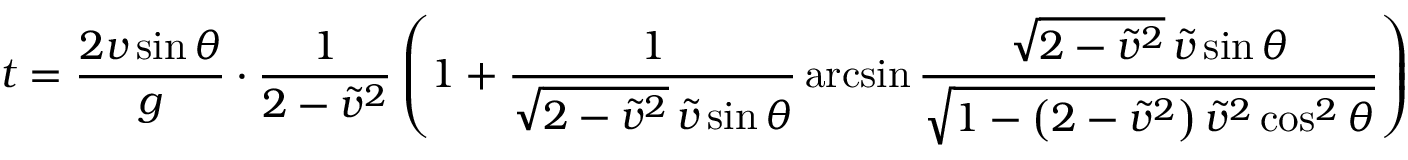
t = { \frac { 2 v \sin \theta } { g } } \cdot { \frac { 1 } { 2 - { \tilde { v } } ^ { 2 } } } \left( 1 + { \frac { 1 } { { \sqrt { 2 - { \tilde { v } } ^ { 2 } } } \, { \tilde { v } } \sin \theta } } \arcsin { \frac { { \sqrt { 2 - { \tilde { v } } ^ { 2 } } } \, { \tilde { v } } \sin \theta } { \sqrt { 1 - \left( 2 - { \tilde { v } } ^ { 2 } \right) { \tilde { v } } ^ { 2 } \cos ^ { 2 } \theta } } } \right)